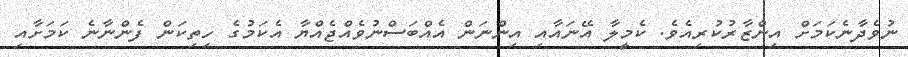
ނުވެދާނެކަމަށް އިންޒާރުކުރިއެވެ. ކެމީލާ އޭނައާއި އިންނަން އެއްބަސްނުވެއްޖެއްޔާ އެކަމުގެ ހިތިކަން ފެންނާނެ ކަމަށާއި